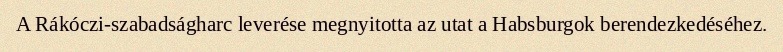
A Rákóczi-szabadságharc leverése megnyitotta az utat a Habsburgok berendezkedéséhez.